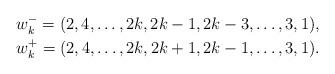
\begin{gather*}w_k^{-} = (2,4,\ldots, 2k,2k-1,2k-3,\ldots,3,1),\\ w_k^{+} = (2,4,\ldots,2k,2k+1,2k-1,\ldots,3,1).\end{gather*}